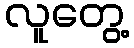
လူတွေ့